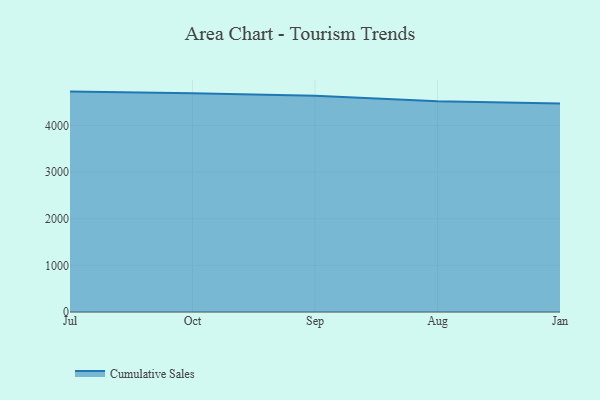
{"axis": {"x": "Month", "y": "Customer Acquisition Cost (USD)"}, "legend": ["Cumulative Sales"], "data": [{"x": "Jul", "y": 4727.0, "type": "Cumulative Sales"}, {"x": "Oct", "y": 4691.5, "type": "Cumulative Sales"}, {"x": "Sep", "y": 4638.2, "type": "Cumulative Sales"}, {"x": "Aug", "y": 4518.8, "type": "Cumulative Sales"}, {"x": "Jan", "y": 4473.7, "type": "Cumulative Sales"}]}